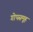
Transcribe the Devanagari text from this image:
गोपसमूह